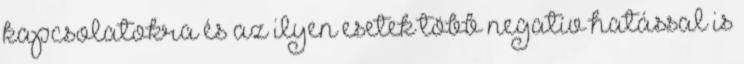
kapcsolatokra és az ilyen esetek több negatív hatással is